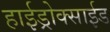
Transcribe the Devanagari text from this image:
हाईड्रोक्साईड